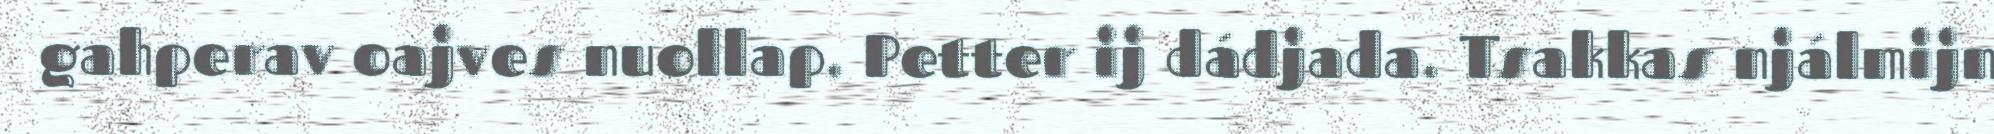
gahperav oajves nuollap. Petter ij dádjada. Tsakkas njálmijn